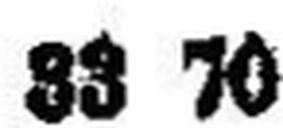
33 70